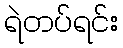
ရဲတပ်ရင်း